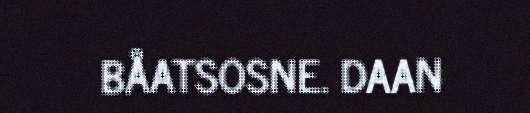
BÅATSOSNE. DAAN